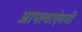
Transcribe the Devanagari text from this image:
आपल्याऐवजी